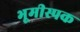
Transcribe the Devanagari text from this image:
भूमीस्पक